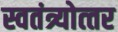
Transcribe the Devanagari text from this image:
स्वतंत्र्योत्‍तर